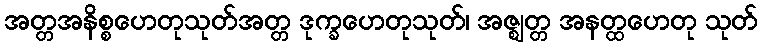
အတ္တအနိစ္စဟေတုသုတ်အတ္တ ဒုက္ခဟေတုသုတ်၊ အဇ္ဈတ္တ အနတ္ထဟေတု သုတ်